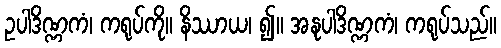
ဥပါဒိဏ္ဏကံ၊ ကရုပ်ကို။ နိဿာယ၊ ၍။ အနုပါဒိဏ္ဏကံ၊ ကရုပ်သည်။